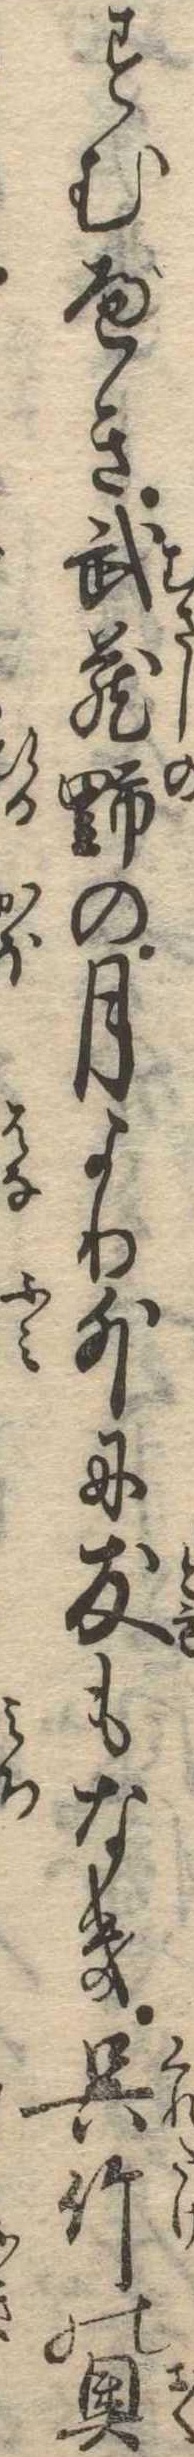
すむべき武蔵野の月より外に友もなき呉竹の奥